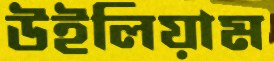
উইলিয়াম